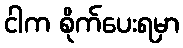
ငါက စိုက်ပေးရမှာ